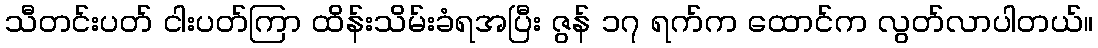
သီတင်းပတ် ငါးပတ်ကြာ ထိန်းသိမ်းခံရအပြီး ဇွန် ၁၇ ရက်က ထောင်က လွတ်လာပါတယ်။